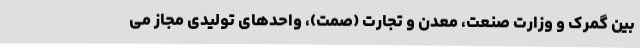
بین گمرک و وزارت صنعت، معدن و تجارت (صمت)، واحدهای تولیدی مجاز می